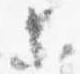
等